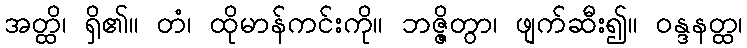
အတ္ထိ၊ ရှိ၏။ တံ၊ ထိုမာန်ကင်းကို။ ဘဇ္ဇိတွာ၊ ဖျက်ဆီး၍။ ဝန္ဒနတ္ထ၊